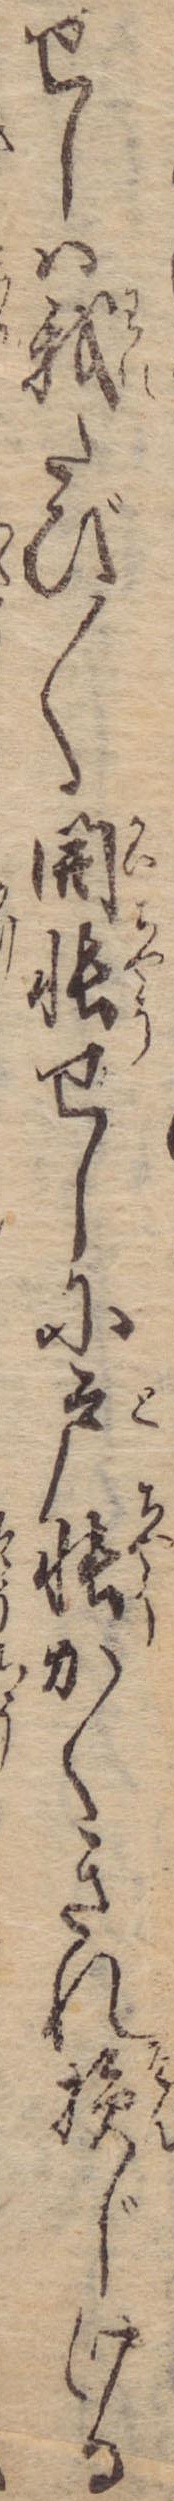
せしは我たび〱開帳せしに戸帳かくきれ損じける